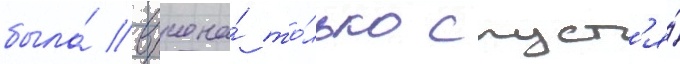
была́ вручена́ то́лько спуст'я́